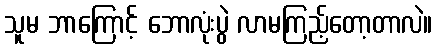
သူမ ဘာကြောင့် ဘောလုံးပွဲ လာမကြည့်တော့တာလဲ။